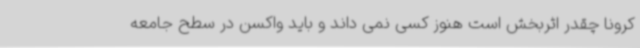
کرونا چقدر اثربخش است هنوز کسی نمی داند و باید واکسن در سطح جامعه